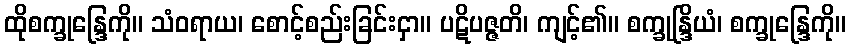
ထိုစက္ခုန္ဒြေကို။ သံဝရာယ၊ စောင့်စည်းခြင်းငှာ။ ပဋိပဇ္ဇတိ၊ ကျင့်၏။ စက္ခုန္ဒြိယံ၊ စက္ခုန္ဒြေကို။